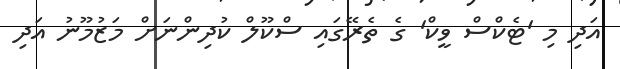
އަދި މި 'ޓެކްސް ވީކް' ގެ ތެރޭގައި ސްކޫލް ކުދިންނަށް މަޒުމޫނު އަދި